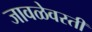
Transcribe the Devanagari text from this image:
जावळेवस्ती